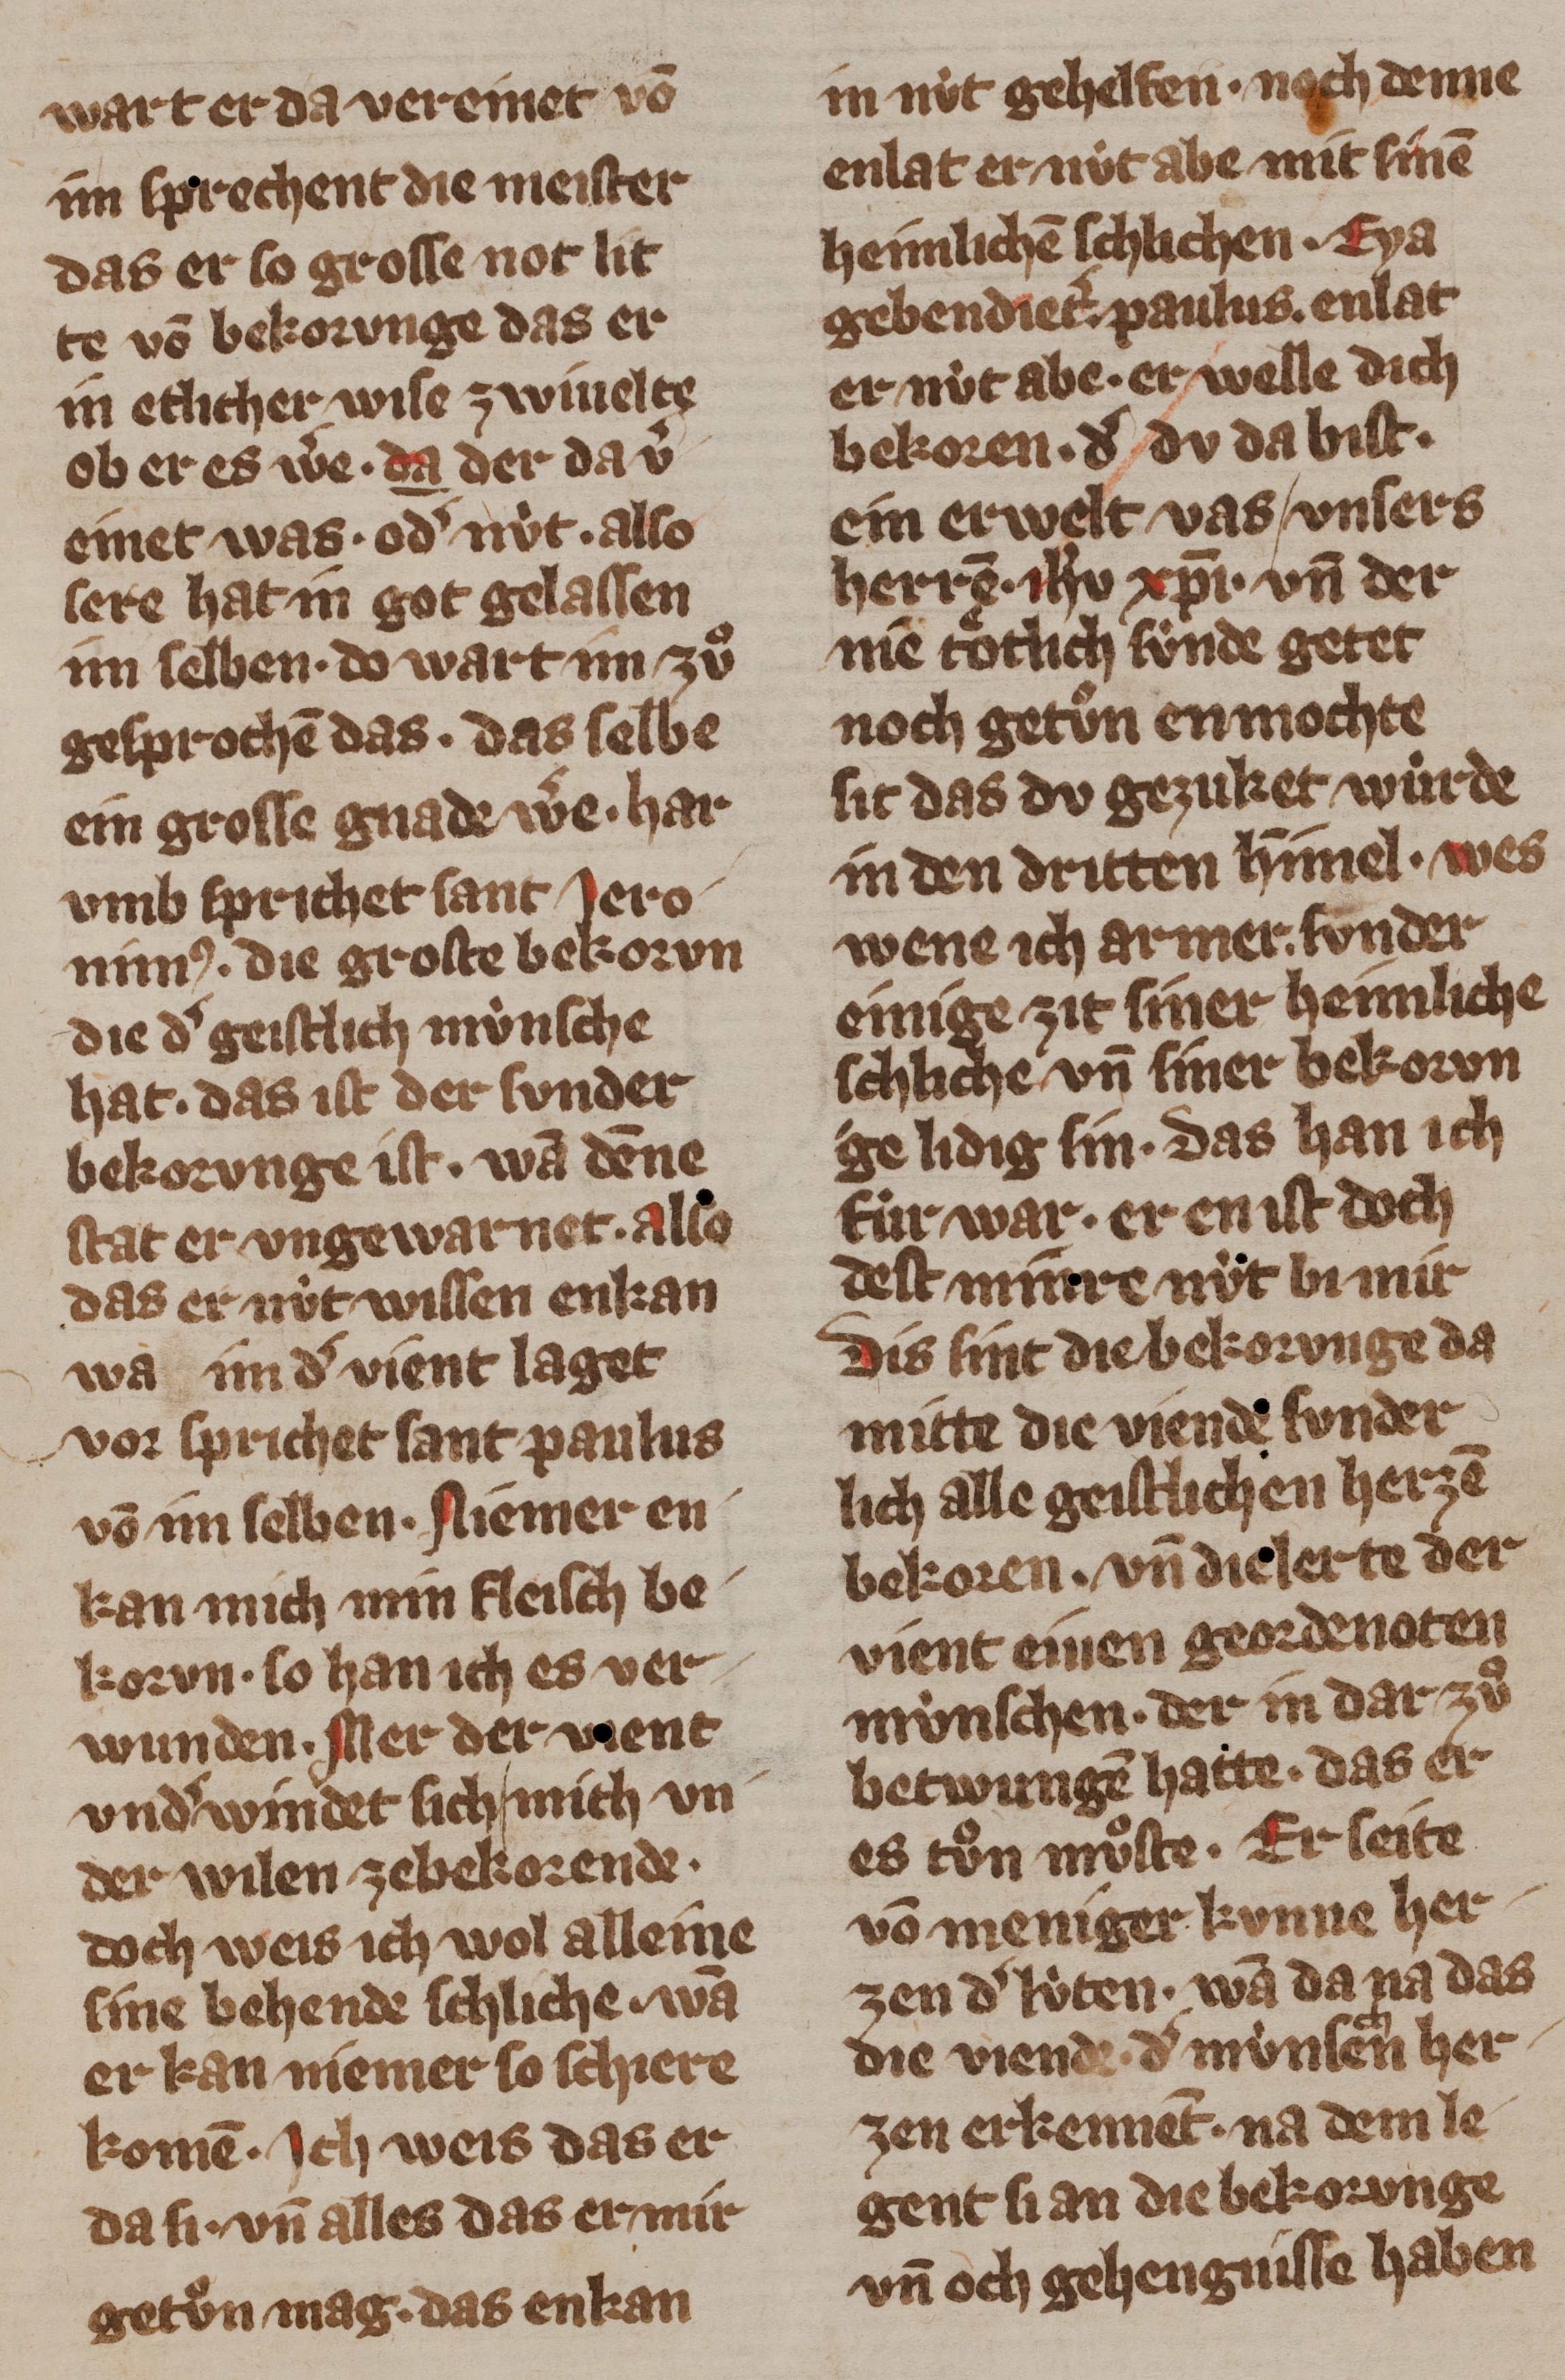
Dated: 1355–1385